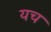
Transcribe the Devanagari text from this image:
यच